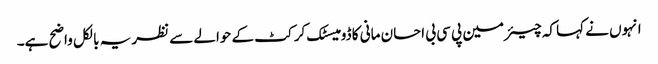
انہوں نے کہا کہ چیئرمین پی سی بی احسان مانی کا ڈومیسٹک کرکٹ کے حوالے سے نظریہ بالکل واضح ہے۔